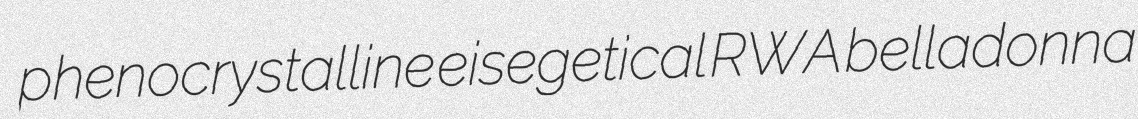
phenocrystalline eisegetical RWA belladonna